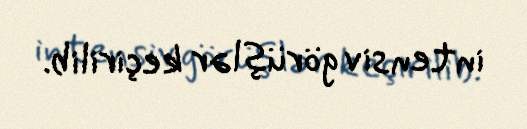
intensiv görüşlər keçirilib.